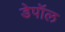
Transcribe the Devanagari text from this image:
डेपॉल